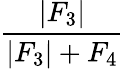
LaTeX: \frac{\left|F_{3}\right|}{\left|F_{3}\right|+F_{4}}